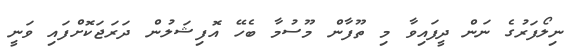
ނިލޯފަރުގެ ނަން ދީފައިވާ މި ތޫފާން މޫސުމާ ބެހޭ އޮފިޝަލުން ދަރަޖަކޮށްފައި ވަނީ